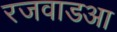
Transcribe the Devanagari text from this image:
रजवाडआ